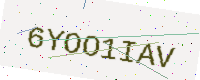
Text: 6YOO1IAV